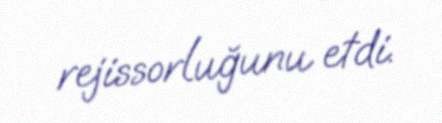
rejissorluğunu etdi.